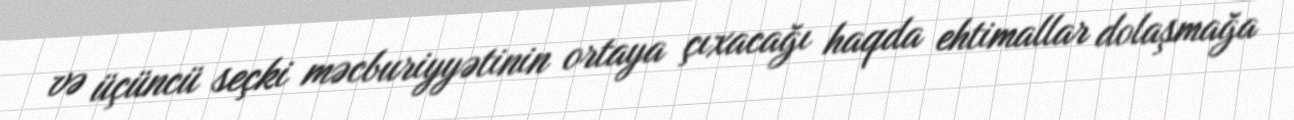
və üçüncü seçki məcburiyyətinin ortaya çıxacağı haqda ehtimallar dolaşmağa